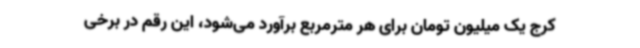
کرج یک میلیون تومان برای هر مترمربع برآورد می‌شود، این رقم در برخی